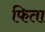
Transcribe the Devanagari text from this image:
फिता